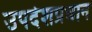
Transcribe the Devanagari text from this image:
उपदेशप्रधान